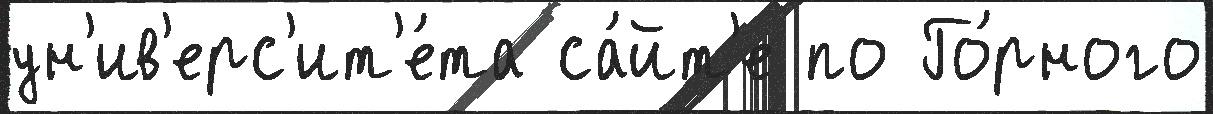
ун'ив'ерс'ит'е́та са́йт'е по Го́рного